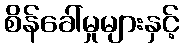
စိန်ခေါ်မှုများနှင့်